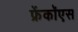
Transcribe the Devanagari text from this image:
फ्रेंकॉएस